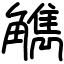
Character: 觹